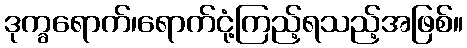
ဒုက္ခရောက်၊ရောက်ငုံ့ကြည့်ရသည့်အဖြစ်။